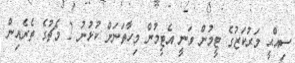
ސިއްޙީ މަރުކަޒުގެ ޓީމުން ވަނީ އެޓީމުން މިހާތަނަށް ކުޅުނު 2 މެޗުގެ ތެރެއިން